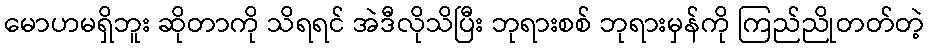
မောဟမရှိဘူး ဆိုတာကို သိရရင် အဲဒီလိုသိပြီး ဘုရားစစ် ဘုရားမှန်ကို ကြည်ညိုတတ်တဲ့